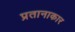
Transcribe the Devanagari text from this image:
प्रतानाकार